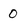
Character: 0